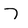
Character: 7